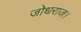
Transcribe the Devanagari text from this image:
जोधराज।